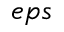
e p s